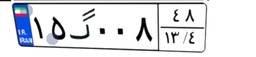
۴۷گ۳۵۵۰۱